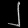
Digit: ၂